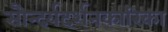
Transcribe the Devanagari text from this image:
सौन्दर्यदर्शनकारिका